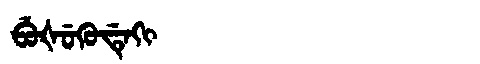
Manchu: ᠪᡠᡧᡠᡴᡠᡩᡝᡴᡳ
Romanization: BUŠUKUDEKI